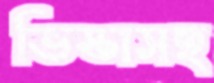
ভিস্তাসহ